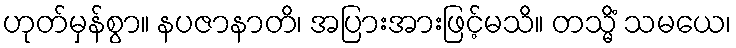
ဟုတ်မှန်စွာ။ နပဇာနာတိ၊ အပြားအားဖြင့်မသိ။ တသ္မိံ သမယေ၊